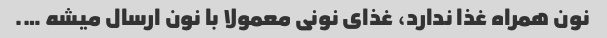
نون همراه غذا ندارد، غذای نونی معمولا با نون ارسال میشه ….